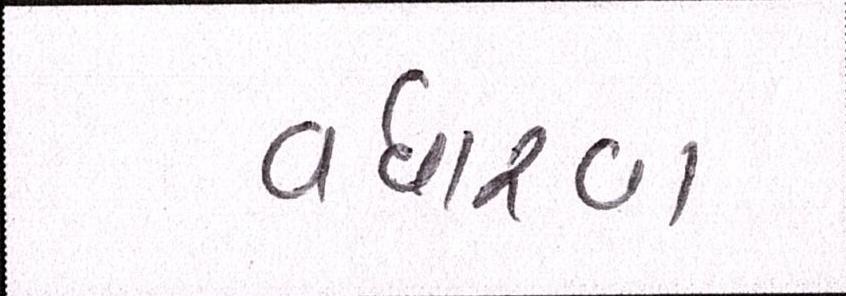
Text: વધારવા